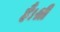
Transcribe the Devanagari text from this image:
हैं।श्री